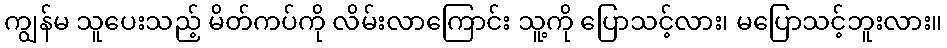
ကျွန်မ သူပေးသည့် မိတ်ကပ်ကို လိမ်းလာကြောင်း သူ့ကို ပြောသင့်လား၊ မပြောသင့်ဘူးလား။